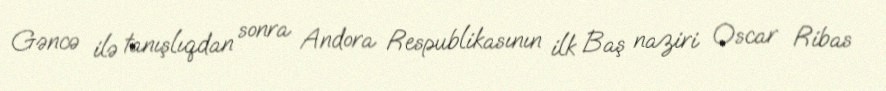
Gəncə ilə tanışlıqdan sonra Andora Respublikasının ilk Baş naziri Oscar Ribas